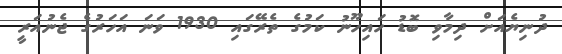
ދުނިޔެއަށް ދިމާވި ބޮޑު ހައިހޫނު ކަމުގެ ތެރޭގައި 1930 ވަނަ އަހަރުގެ ޖެނުއަރީ